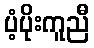
ပံ့ပိုးကူညီ